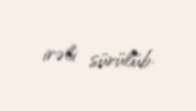
irəli sürülüb.